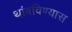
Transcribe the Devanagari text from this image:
थांबविण्यास